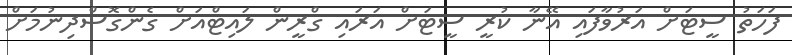
ފަހަތު ސީޓަށް އަރުވާފައި އޭނާ ކުރީ ސީޓަށް އަރައި ގްރީން ލައިޓްއަށް ގެންގޮސްދިނުމަށް